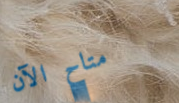
متاح الآن